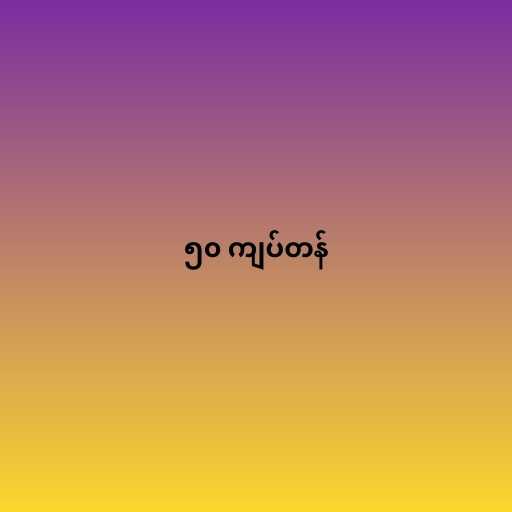
၅၀ ကျပ်တန်